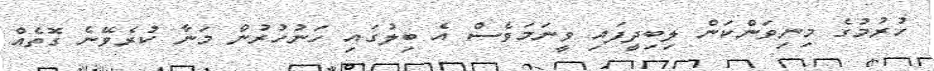
ހުރުމުގެ މިނިވަންކަން ލިބިދީފައި ވީނަމަވެސް އެ ބިލުގައި ހަނުހުރުން މަނާ ކުރެވޭނެ ގޮތެއް